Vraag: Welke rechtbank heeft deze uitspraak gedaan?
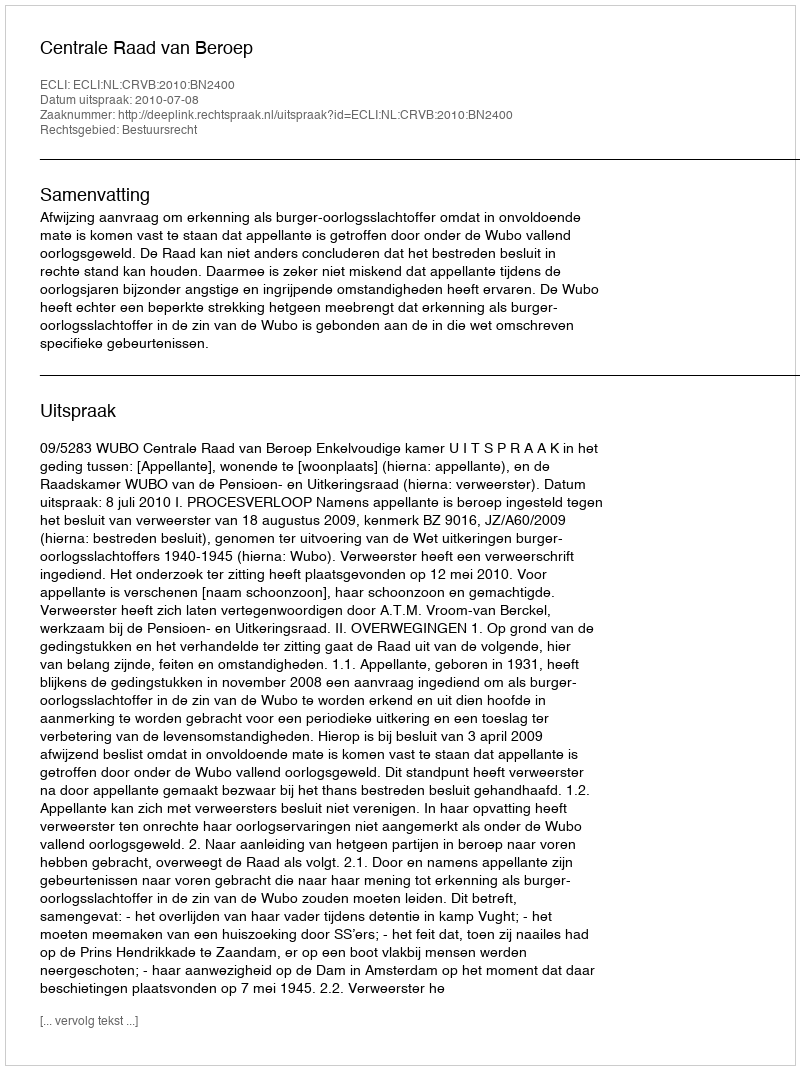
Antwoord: Centrale Raad van Beroep